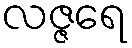
လဇ္ဇရေ